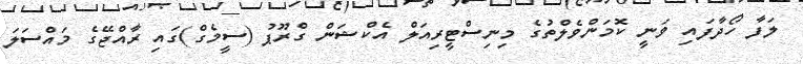
ލަފާ ހޯދާފައި ވަނީ ކޮމަންވެލްތުގެ މިނިސްޓީރިއަލް އެކްޝަން ގްރޫޕު (ސީމެގް)ގައި ރާއްޖޭގެ މައްސަލަ